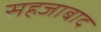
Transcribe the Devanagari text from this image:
सहजाबाद